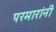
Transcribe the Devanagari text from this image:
परमारांनी